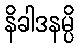
နိခါဒနမ္ပိ